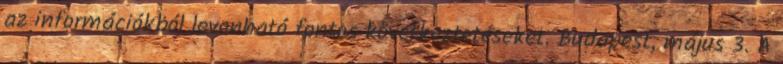
az információkból levonható fontos következtetéseket. Budapest, május 3. A